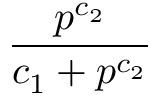
\frac { p ^ { c _ { 2 } } } { c _ { 1 } + p ^ { c _ { 2 } } }